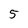
Character: 5